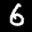
Label: 6